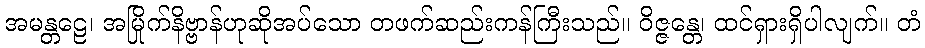
အမန္တဠေ၊ အမြိုက်နိဗ္ဗာန်ဟုဆိုအပ်သော တဖက်ဆည်းကန်ကြီးသည်။ ဝိဇ္ဇန္တေ၊ ထင်ရှားရှိပါလျက်။ တံ